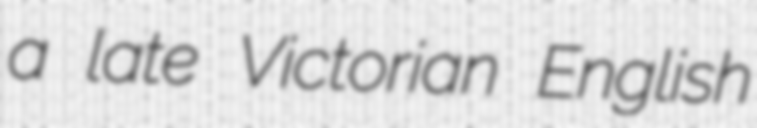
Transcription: a late Victorian English